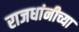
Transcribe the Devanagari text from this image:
राजधांनीच्या